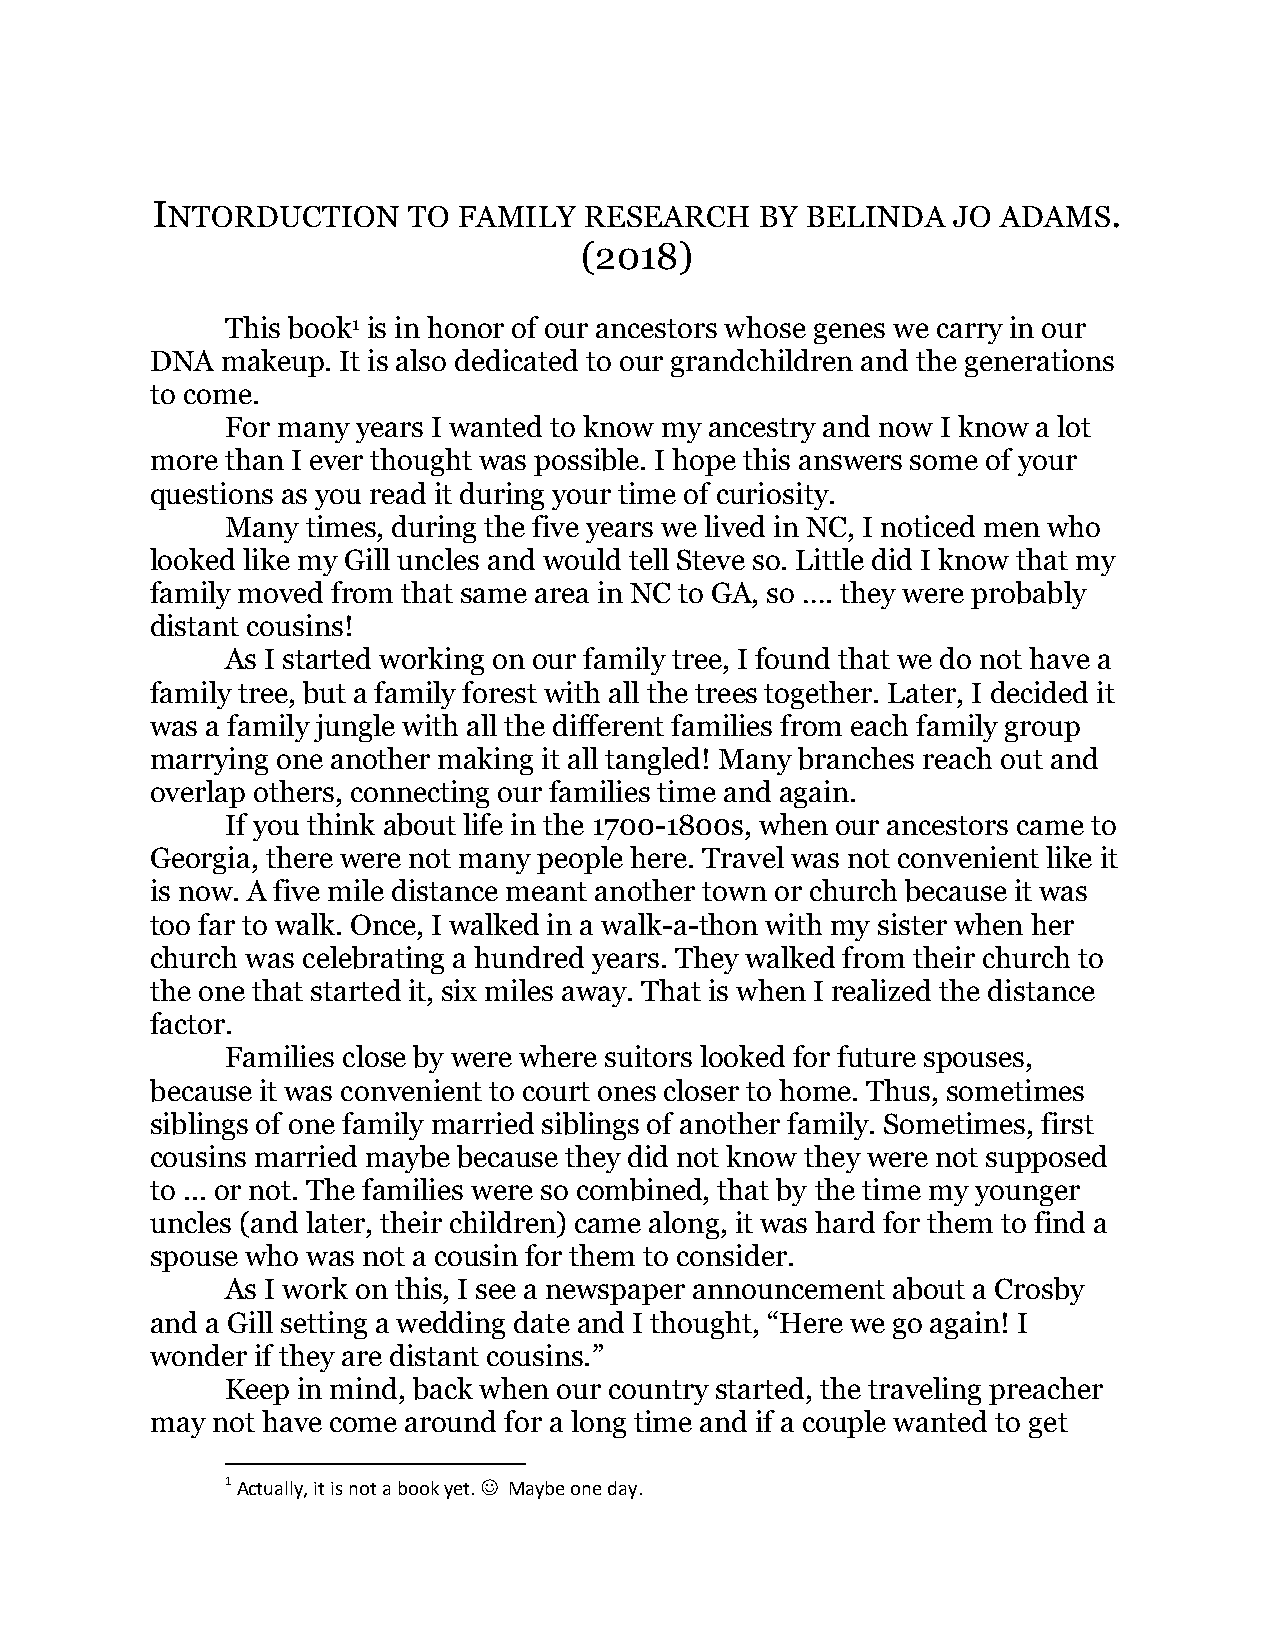
INTORDUCTION     TO FAMILY   RESEARCH   BY BELINDA   JO ADAMS.
 (2018)
 This book1 is in honor of our ancestors whose genes we carry in our
 DNA  makeup. It is also dedicated to our grandchildren and the generations
 to come.
 For many years I wanted to know my ancestry and now I know a lot
 more than I ever thought was possible. I hope this answers some of your
 questions as you read it during your time of curiosity.
 Many times, during the five years we lived in NC, I noticed men who
 looked like my Gill uncles and would tell Steve so. Little did I know that my
 family moved from that same area in NC to GA, so …. they were probably
 distant cousins!
 As I started working on our family tree, I found that we do not have a
 family tree, but a family forest with all the trees together. Later, I decided it
 was a family jungle with all the different families from each family group
 marrying one another making it all tangled! Many branches reach out and
 overlap others, connecting our families time and again.
 If you think about life in the 1700-1800s, when our ancestors came to
 Georgia, there were not many people here. Travel was not convenient like it
 is now. A five mile distance meant another town or church because it was
 too far to walk. Once, I walked in a walk-a-thon with my sister when her
 church was celebrating a hundred years. They walked from their church to
 the one that started it, six miles away. That is when I realized the distance
 factor.
 Families close by were where suitors looked for future spouses,
 because it was convenient to court ones closer to home. Thus, sometimes
 siblings of one family married siblings of another family. Sometimes, first
 cousins married maybe because they did not know they were not supposed
 to ... or not. The families were so combined, that by the time my younger
 uncles (and later, their children) came along, it was hard for them to find a
 spouse who was not a cousin for them to consider.
 As I work on this, I see a newspaper announcement about a Crosby
 and a Gill setting a wedding date and I thought, “Here we go again! I
 wonder if they are distant cousins.”
 Keep in mind, back when our country started, the traveling preacher
 may not have come around for a long time and if a couple wanted to get
 1 Actually, it is not a book yet.  Maybe one day.